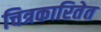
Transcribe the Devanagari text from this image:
चित्रकारितेत